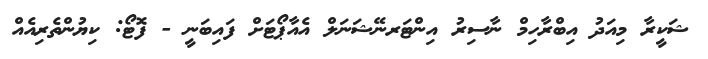
ޝަކީރާ މިއަދު އިބްރާހިމް ނާސިރު އިންޓަރނޭޝަނަލް އެއާޕޯޓަށް ފައިބަނީ - ފޮޓޯ: ކިޔުންތެރިއެއް